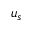
u _ { s }